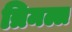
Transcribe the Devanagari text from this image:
त्रिमल्ल